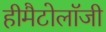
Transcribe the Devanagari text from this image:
हीमैटोलॉजी